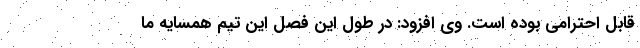
قابل احترامی بوده است. وی افزود: در طول این فصل این تیم همسایه ما